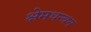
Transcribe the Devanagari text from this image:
क्षेमधन्वन